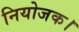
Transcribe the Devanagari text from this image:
नियोजक।